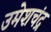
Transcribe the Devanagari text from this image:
उमेशचंद्र